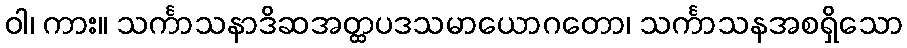
ဝါ၊ ကား။ သင်္ကာသနာဒိဆအတ္ထပဒသမာယောဂတော၊ သင်္ကာသနအစရှိသော